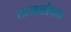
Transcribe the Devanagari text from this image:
ताम्रशोधक